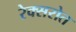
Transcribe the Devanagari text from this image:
रेक्सरोत